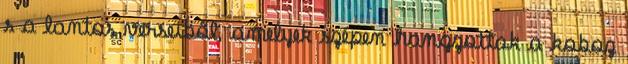
s a lantos verseiből, amelyek szépen hangzottak a koboz